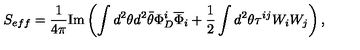
S _ { e f f } = { \frac { 1 } { 4 \pi } } \mathrm { I m } \left( \int d ^ { 2 } \theta d ^ { 2 } \bar { \theta } \Phi _ { D } ^ { i } \overline { \Phi } _ { i } + { \frac { 1 } { 2 } } \int d ^ { 2 } \theta \tau ^ { i j } W _ { i } W _ { j } \right) ,